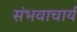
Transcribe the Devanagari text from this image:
संभवाचार्य